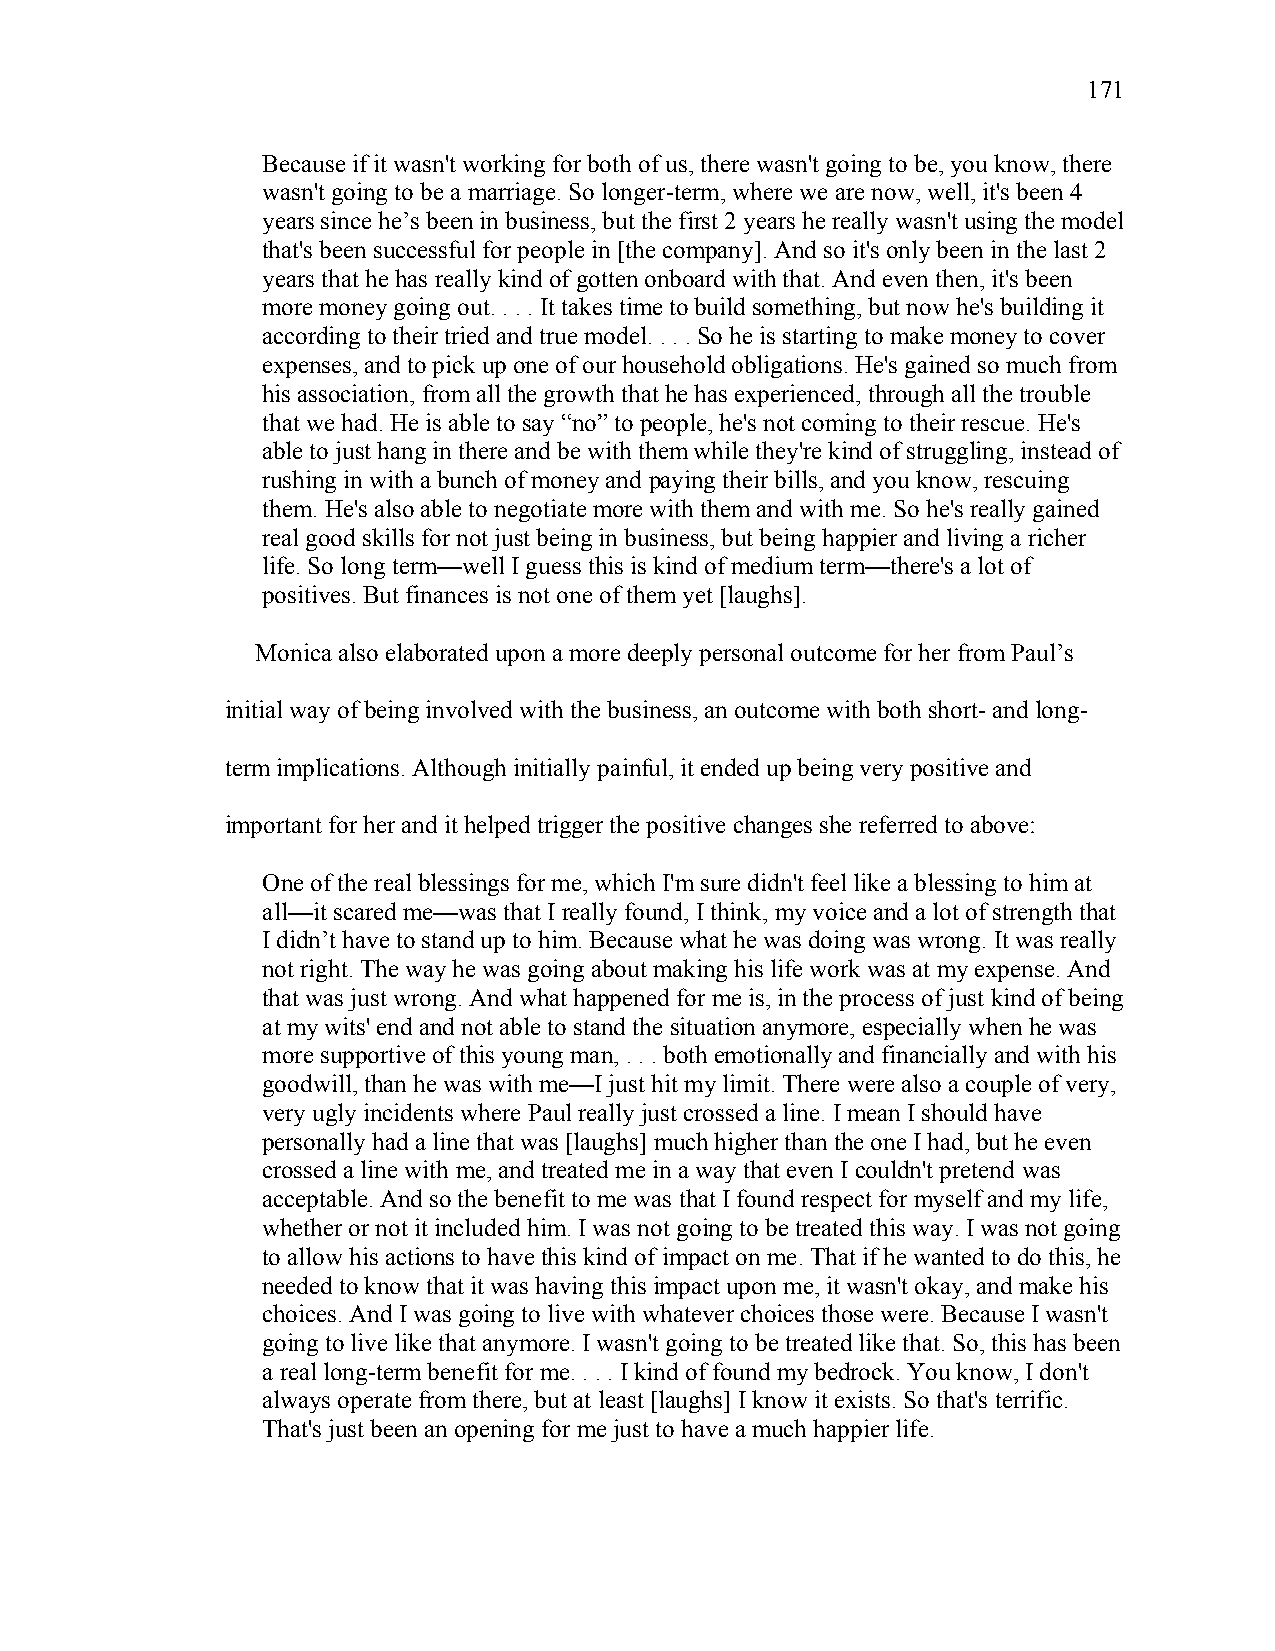
171
 Because if it wasn't working for both of us, there wasn't going to be, you know, there
 wasn't going to be a marriage. So longer-term, where we are now, well, it's been 4
 years since he’s been in business, but the first 2 years he really wasn't using the model
 that's been successful for people in [the company]. And so it's only been in the last 2
 years that he has really kind of gotten onboard with that. And even then, it's been
 more money going out. . . . It takes time to build something, but now he's building it
 according to their tried and true model. . . . So he is starting to make money to cover
 expenses, and to pick up one of our household obligations. He's gained so much from
 his association, from all the growth that he has experienced, through all the trouble
 that we had. He is able to say “no” to people, he's not coming to their rescue. He's
 able to just hang in there and be with them while they're kind of struggling, instead of
 rushing in with a bunch of money and paying their bills, and you know, rescuing
 them. He's also able to negotiate more with them and with me. So he's really gained
 real good skills for not just being in business, but being happier and living a richer
 life. So long term—well I guess this is kind of medium term—there's a lot of
 positives. But finances is not one of them yet [laughs].
 Monica also elaborated upon a more deeply personal outcome for her from Paul’s
 initial way of being involved with the business, an outcome with both short- and long-
 term implications. Although initially painful, it ended up being very positive and
 important for her and it helped trigger the positive changes she referred to above:
 One of the real blessings for me, which I'm sure didn't feel like a blessing to him at
 all—it scared me—was that I really found, I think, my voice and a lot of strength that
 I didn’t have to stand up to him. Because what he was doing was wrong. It was really
 not right. The way he was going about making his life work was at my expense. And
 that was just wrong. And what happened for me is, in the process of just kind of being
 at my wits' end and not able to stand the situation anymore, especially when he was
 more supportive of this young man, . . . both emotionally and financially and with his
 goodwill, than he was with me—I just hit my limit. There were also a couple of very,
 very ugly incidents where Paul really just crossed a line. I mean I should have
 personally had a line that was [laughs] much higher than the one I had, but he even
 crossed a line with me, and treated me in a way that even I couldn't pretend was
 acceptable. And so the benefit to me was that I found respect for myself and my life,
 whether or not it included him. I was not going to be treated this way. I was not going
 to allow his actions to have this kind of impact on me. That if he wanted to do this, he
 needed to know that it was having this impact upon me, it wasn't okay, and make his
 choices. And I was going to live with whatever choices those were. Because I wasn't
 going to live like that anymore. I wasn't going to be treated like that. So, this has been
 a real long-term benefit for me. . . . I kind of found my bedrock. You know, I don't
 always operate from there, but at least [laughs] I know it exists. So that's terrific.
 That's just been an opening for me just to have a much happier life.